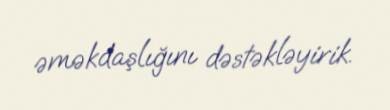
əməkdaşlığını dəstəkləyirik.